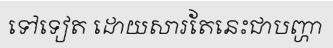
ទៅទៀត ដោយសារតែនេះជាបញ្ហា